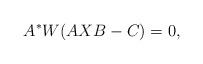
LaTeX: \begin{align*}A^*W(AXB-C)=0, \end{align*}